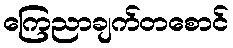
ကြေညာချက်တစောင်